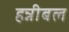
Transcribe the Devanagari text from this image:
हन्नीबल